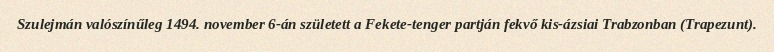
Szulejmán valószínűleg 1494. november 6-án született a Fekete-tenger partján fekvő kis-ázsiai Trabzonban (Trapezunt).